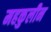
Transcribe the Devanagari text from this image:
महकुलीन